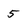
Character: 5